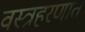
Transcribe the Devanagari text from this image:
वस्त्रहरणात